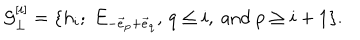
{ \cal G } _ { \bot } ^ { [ i ] } = \{ h _ { i } ; \; E _ { - \vec { e } _ { p } + \vec { e } _ { q } } , \, q \leq i , \mathrm { ~ a n d ~ } p \geq i + 1 \} .